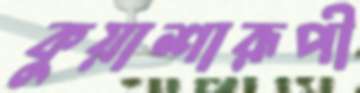
কুয়াশারূপী